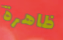
ظاهرة